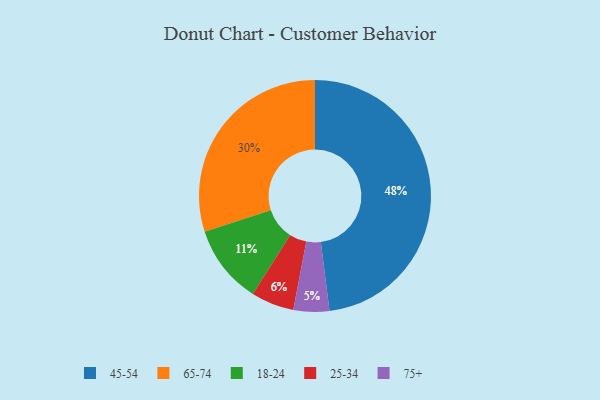
{"axis": {"x": "Category", "y": "Percentage"}, "legend": ["18-24", "25-34", "45-54", "65-74", "75+"], "data": [{"x": "75+", "y": 5, "type": "75+"}, {"x": "45-54", "y": 48, "type": "45-54"}, {"x": "25-34", "y": 6, "type": "25-34"}, {"x": "18-24", "y": 11, "type": "18-24"}, {"x": "65-74", "y": 30, "type": "65-74"}]}